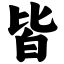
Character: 皆